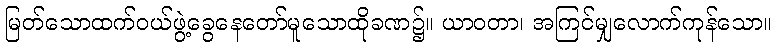
မြတ်သောထက်ဝယ်ဖွဲ့ခွေနေတော်မူသောထိုခဏ၌။ ယာဝတာ၊ အကြင်မျှလောက်ကုန်သော။